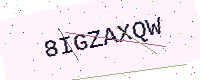
Text: 8IGZAXQW